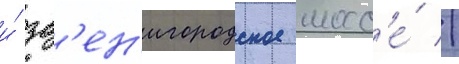
и́ зв'ен'игородское шосс'е́ //